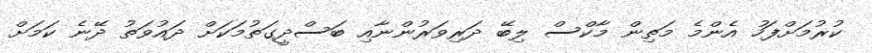
ކުރުމަށްފަހު އެންމެ މަތިން މާކްސް ލިބޭ ދަރިވަރުންނާއި ބަސްދީގަތުމަކަށް ދައުވަތު ދޭނެ ކަމަށް